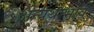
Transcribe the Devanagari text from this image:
अन्यथाभाव